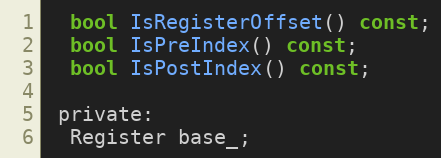
Language: C
  bool IsRegisterOffset() const;
  bool IsPreIndex() const;
  bool IsPostIndex() const;

 private:
  Register base_;